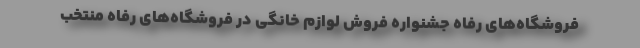
فروشگاه‌های رفاه جشنواره فروش لوازم خانگی در فروشگاه‌های رفاه منتخب